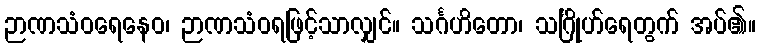
ဉာဏသံဝရေနေဝ၊ ဉာဏသံဝရဖြင့်သာလျှင်။ သင်္ဂဟိတော၊ သင်္ဂြိုဟ်ရေတွက် အပ်၏။